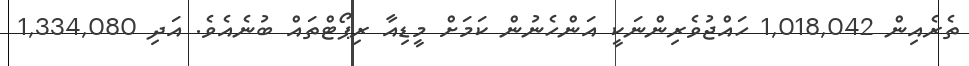
ތެރެއިން 1